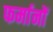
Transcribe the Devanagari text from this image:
फर्मानों